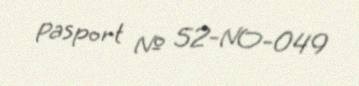
Pasport № 52-NO-049